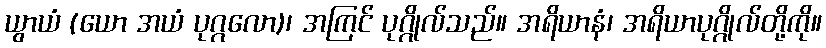
ယွာယံ (ယော အယံ ပုဂ္ဂလော)၊ အကြင် ပုဂ္ဂိုလ်သည်။ အရိယာနံ၊ အရိယာပုဂ္ဂိုလ်တို့ကို။